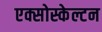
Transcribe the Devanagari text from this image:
एक्सोस्केल्टन